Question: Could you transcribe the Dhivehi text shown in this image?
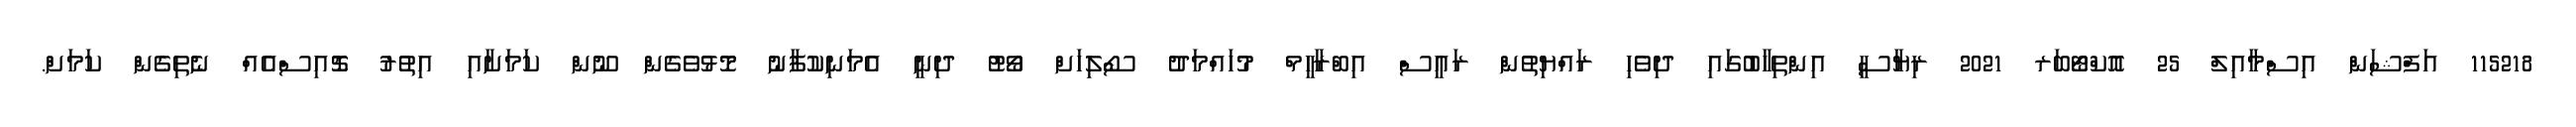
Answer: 115218 އަފްޝަން އިސްމާއިލް 25 އޮކްޓޯބަރ 2021 ރިޔާސީ އިންތިހާބުގައި ދިވެހި ރައްޔިތުން ރައީސް އިބްރާހީމް މުހައްމަދު ސޯލިހަށް ވޯޓު ދިނީ އެމަނިކުފާނު މޮޅުވެގެން ނޫން ކަމަށާއި އިތުރު ޗޮއިސްއެއް ނެތިގެން ކަމަށް.